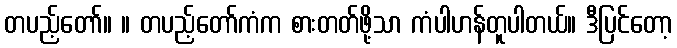
တပည့်တော်။ ။ တပည့်တော်ကံက စားတတ်ဖို့သာ ကံပါဟန်တူပါတယ်။ ဒီပြင်တော့